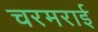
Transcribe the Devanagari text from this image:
चरमराई